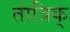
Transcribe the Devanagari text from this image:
तांत्रिक्